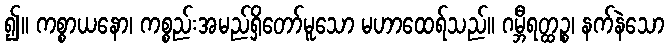
၍။ ကစ္စာယနော၊ ကစ္စည်းအမည်ရှိတော်မူသော မဟာထေရ်သည်။ ဂမ္ဘီရတ္ထဉ္စ၊ နက်နဲသော